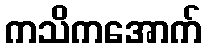
ကသိကအောက်